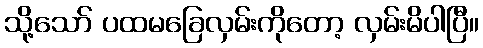
သို့သော် ပထမခြေလှမ်းကိုတော့ လှမ်းမိပါပြီ။